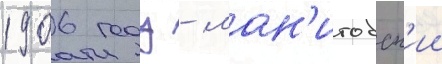
1906 году - ман'итобск'ии